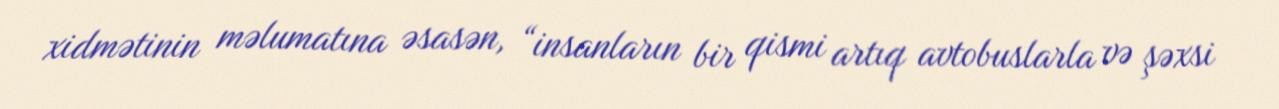
xidmətinin məlumatına əsasən, “insanların bir qismi artıq avtobuslarla və şəxsi